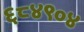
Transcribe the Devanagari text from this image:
६८४९०४